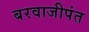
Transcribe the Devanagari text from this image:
बरवाजीपंत